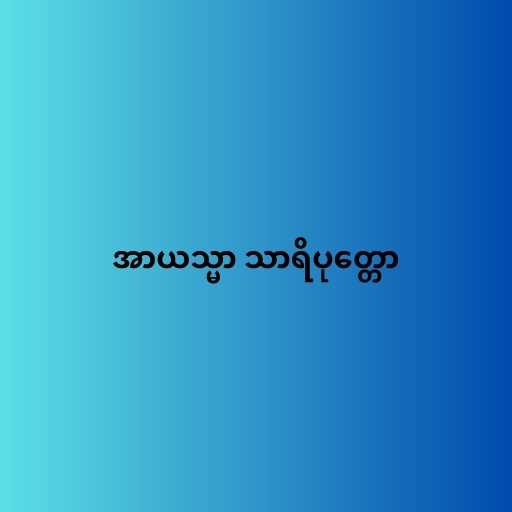
အာယသ္မာ သာရိပုတ္တော